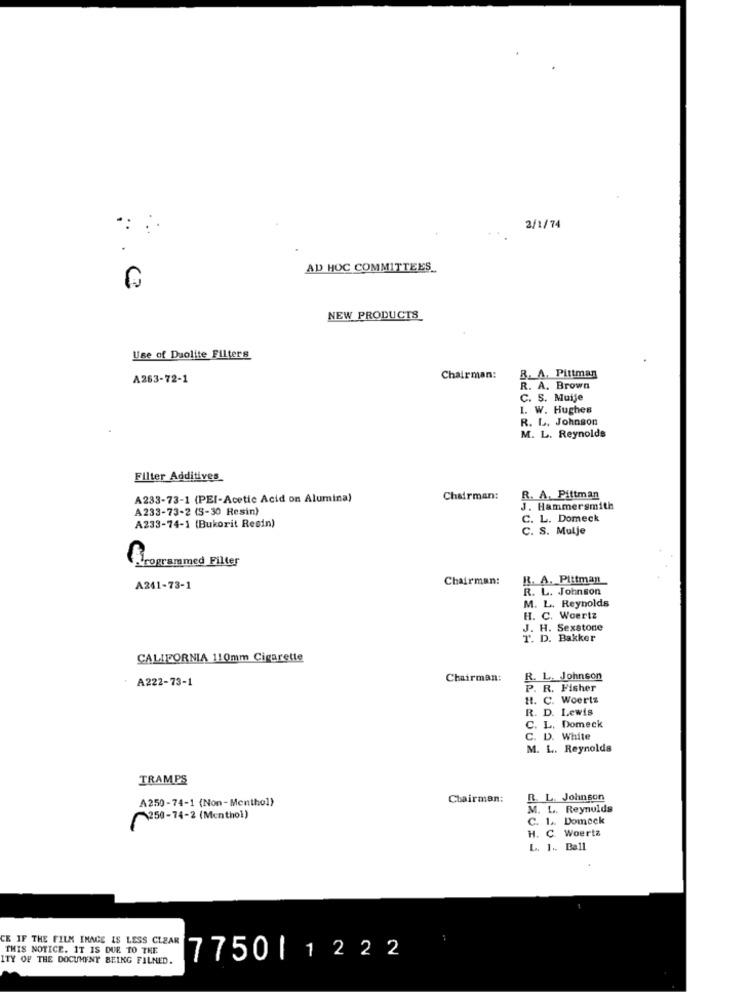
2/1/74
AD HOC COMMITTEES_
NEW PRODUCTS
Use of Duolite Filters
A263-72-1
Chairman:
B. A. Pittman
R. A. Brown
C. S. Muije
1. W. Hughes
R. L. Johnson
M. L. Reynolds
Filter Additives
A233-73-1 (PEI-Acetic Acid on Alumina)
Chairman:
R. A. Pittman
A233-73-2 (S-30 Resin)
J. Hammersmith
C. L. Domeck
A233-74-1 (Bukorit Resin)
C. S. Mulje
Programmed Filter
Chairman:
R. A. Pittman
A241-73-1
R. L. Johnson
M. L. Reynolds
H. C. Woertz
J. H. Sexstone
T. D. Bakker
CALIFORNIA 110mm Cigarette
A222-73-1
Chairman:
R. L. Johnson
P. R. Fisher
H. C. Woertz
R. D. Lewis
C. L. Domeck
c.
D. White
M. L. Reynolds
TRAMPS
A250-74-1 (Non-Menthol)
Chairman:
R. L. Johnson
M. L. Reynolds
250-74-2 (Menthol)
C. 1 .. Domock
H. C. Woertz
L. 1 .. Ball
CE IF THE FILM IMAGE IS LESS CLEAR
THIS NOTICE. IT IS DUE TO THE
ITY OF THE DOCUMENT BEING FILNED.
7750|1222